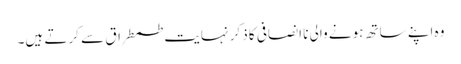
وہ اپنے ساتھ ہونے والی نا انصافی کا ذکر نہایت طمطراق سے کرتے ہیں۔